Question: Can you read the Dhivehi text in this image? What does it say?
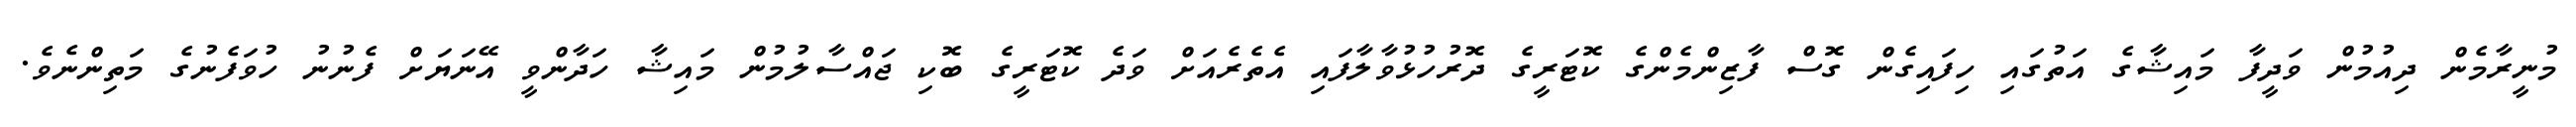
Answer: މުނީރާމެން ދިއުމުން ވަދީފާ މައިޝާގެ އަތުގައި ހިފައިގެން ގޮސް ފާޒިންމެންގެ ކޮޓަރީގެ ދޮރުހުޅުވާލާފައި އެތެރެއަށް ވަދެ ކޮޓަރީގެ ބޮކި ޖައްސާލުމުން މައިޝާ ހަދާންވީ އޭނަޔަށް ފެނުނު ހުވަފެނުގެ މަތިންނެވެ.